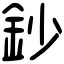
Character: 鈔